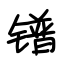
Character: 镨